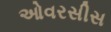
ઓવરસીસ